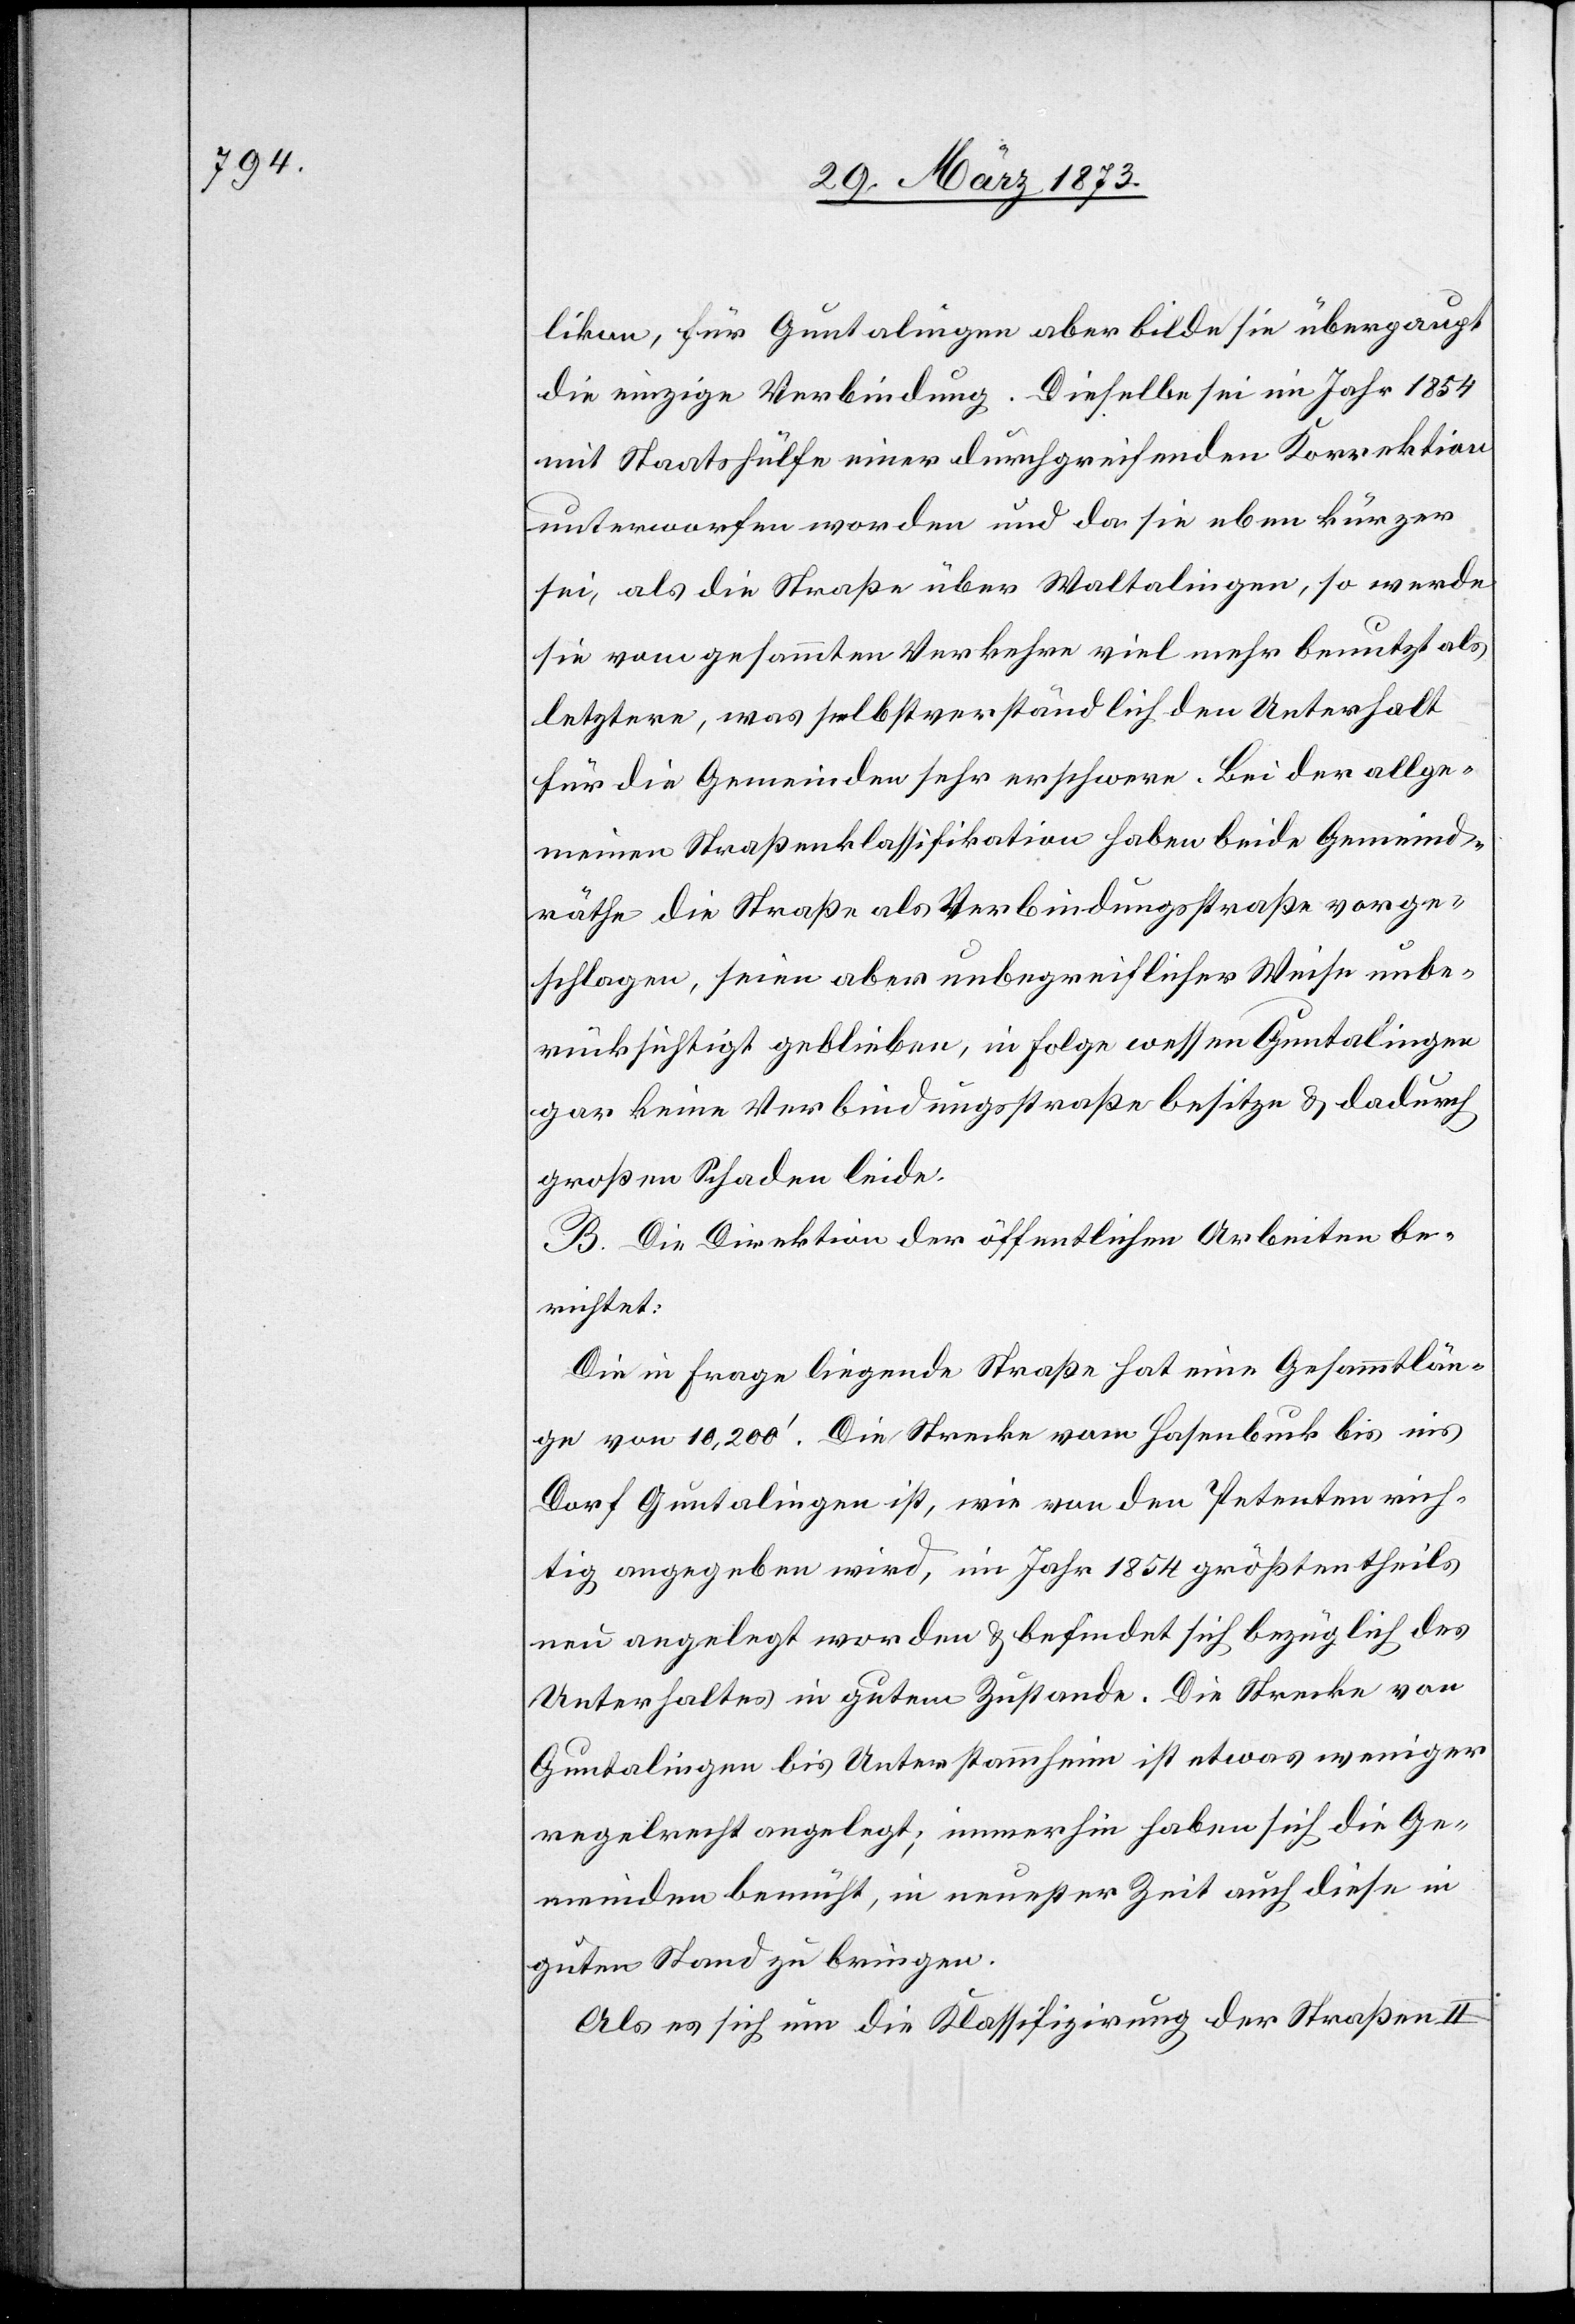
likon, für Guntalingen aber bilde sie überpaupt
die einzige Verbindung. Dieselbe sei im Jahr 1854
mit Staatshülfe einer durchgreifenden Korrektion
unterworfen worden und da sie eben kürzer
sei, als die Straße über Waltalingen, so werde
sie vom gesammten Verkehre viel mehr benutzt als
letztere, was selbstverständlich den Unterhalt
für die Gemeinde sehr erschwere. Bei der allge¬
meinen Straßenklassifikation haben beide Gemeind¬
räthe die Straße als Verbindungsstraße vorge¬
schlagen, seien aber unbegreiflicher Weise unbe¬
rücksichtigt geblieben, in Folge wessen Guntalingen
gar keine Verbindungsstraße besitze u. dadurch
großen Schaden leide.
B. Die Direktion der öffentlichen Arbeiten be¬
richtet:
Die in Frage liegende Straße hat eine Gesammtlän¬
ge von 10,200’. Die Strecke vom Hasenbuck bis ins
Dorf Guntalingen ist, wie von den Petenten rich¬
tig angegeben wird, im Jahr 1854 größtentheils
neu angelegt worden u. befindet sich bezüglich des
Unterhaltes in gutem Zustande. Die Strecke von
Guntalingen bis Unterstammheim ist etwas weniger
regelrecht angelegt; immerhin haben sich die Ge¬
meinden bemüht, in neuester Zeit auch diese in
guten Stand zu bringen.
Als es sich um die Klassifizirung der Straße II.